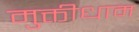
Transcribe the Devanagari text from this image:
मुक्तीधाम